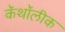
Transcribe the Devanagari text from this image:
कॅथॉलीक